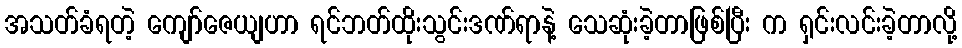
အသတ်ခံရတဲ့ ကျော်ဇေယျဟာ ရင်ဘတ်ထိုးသွင်းဒဏ်ရာနဲ့ သေဆုံးခဲ့တာဖြစ်ပြီး က ရှင်းလင်းခဲ့တာလို့